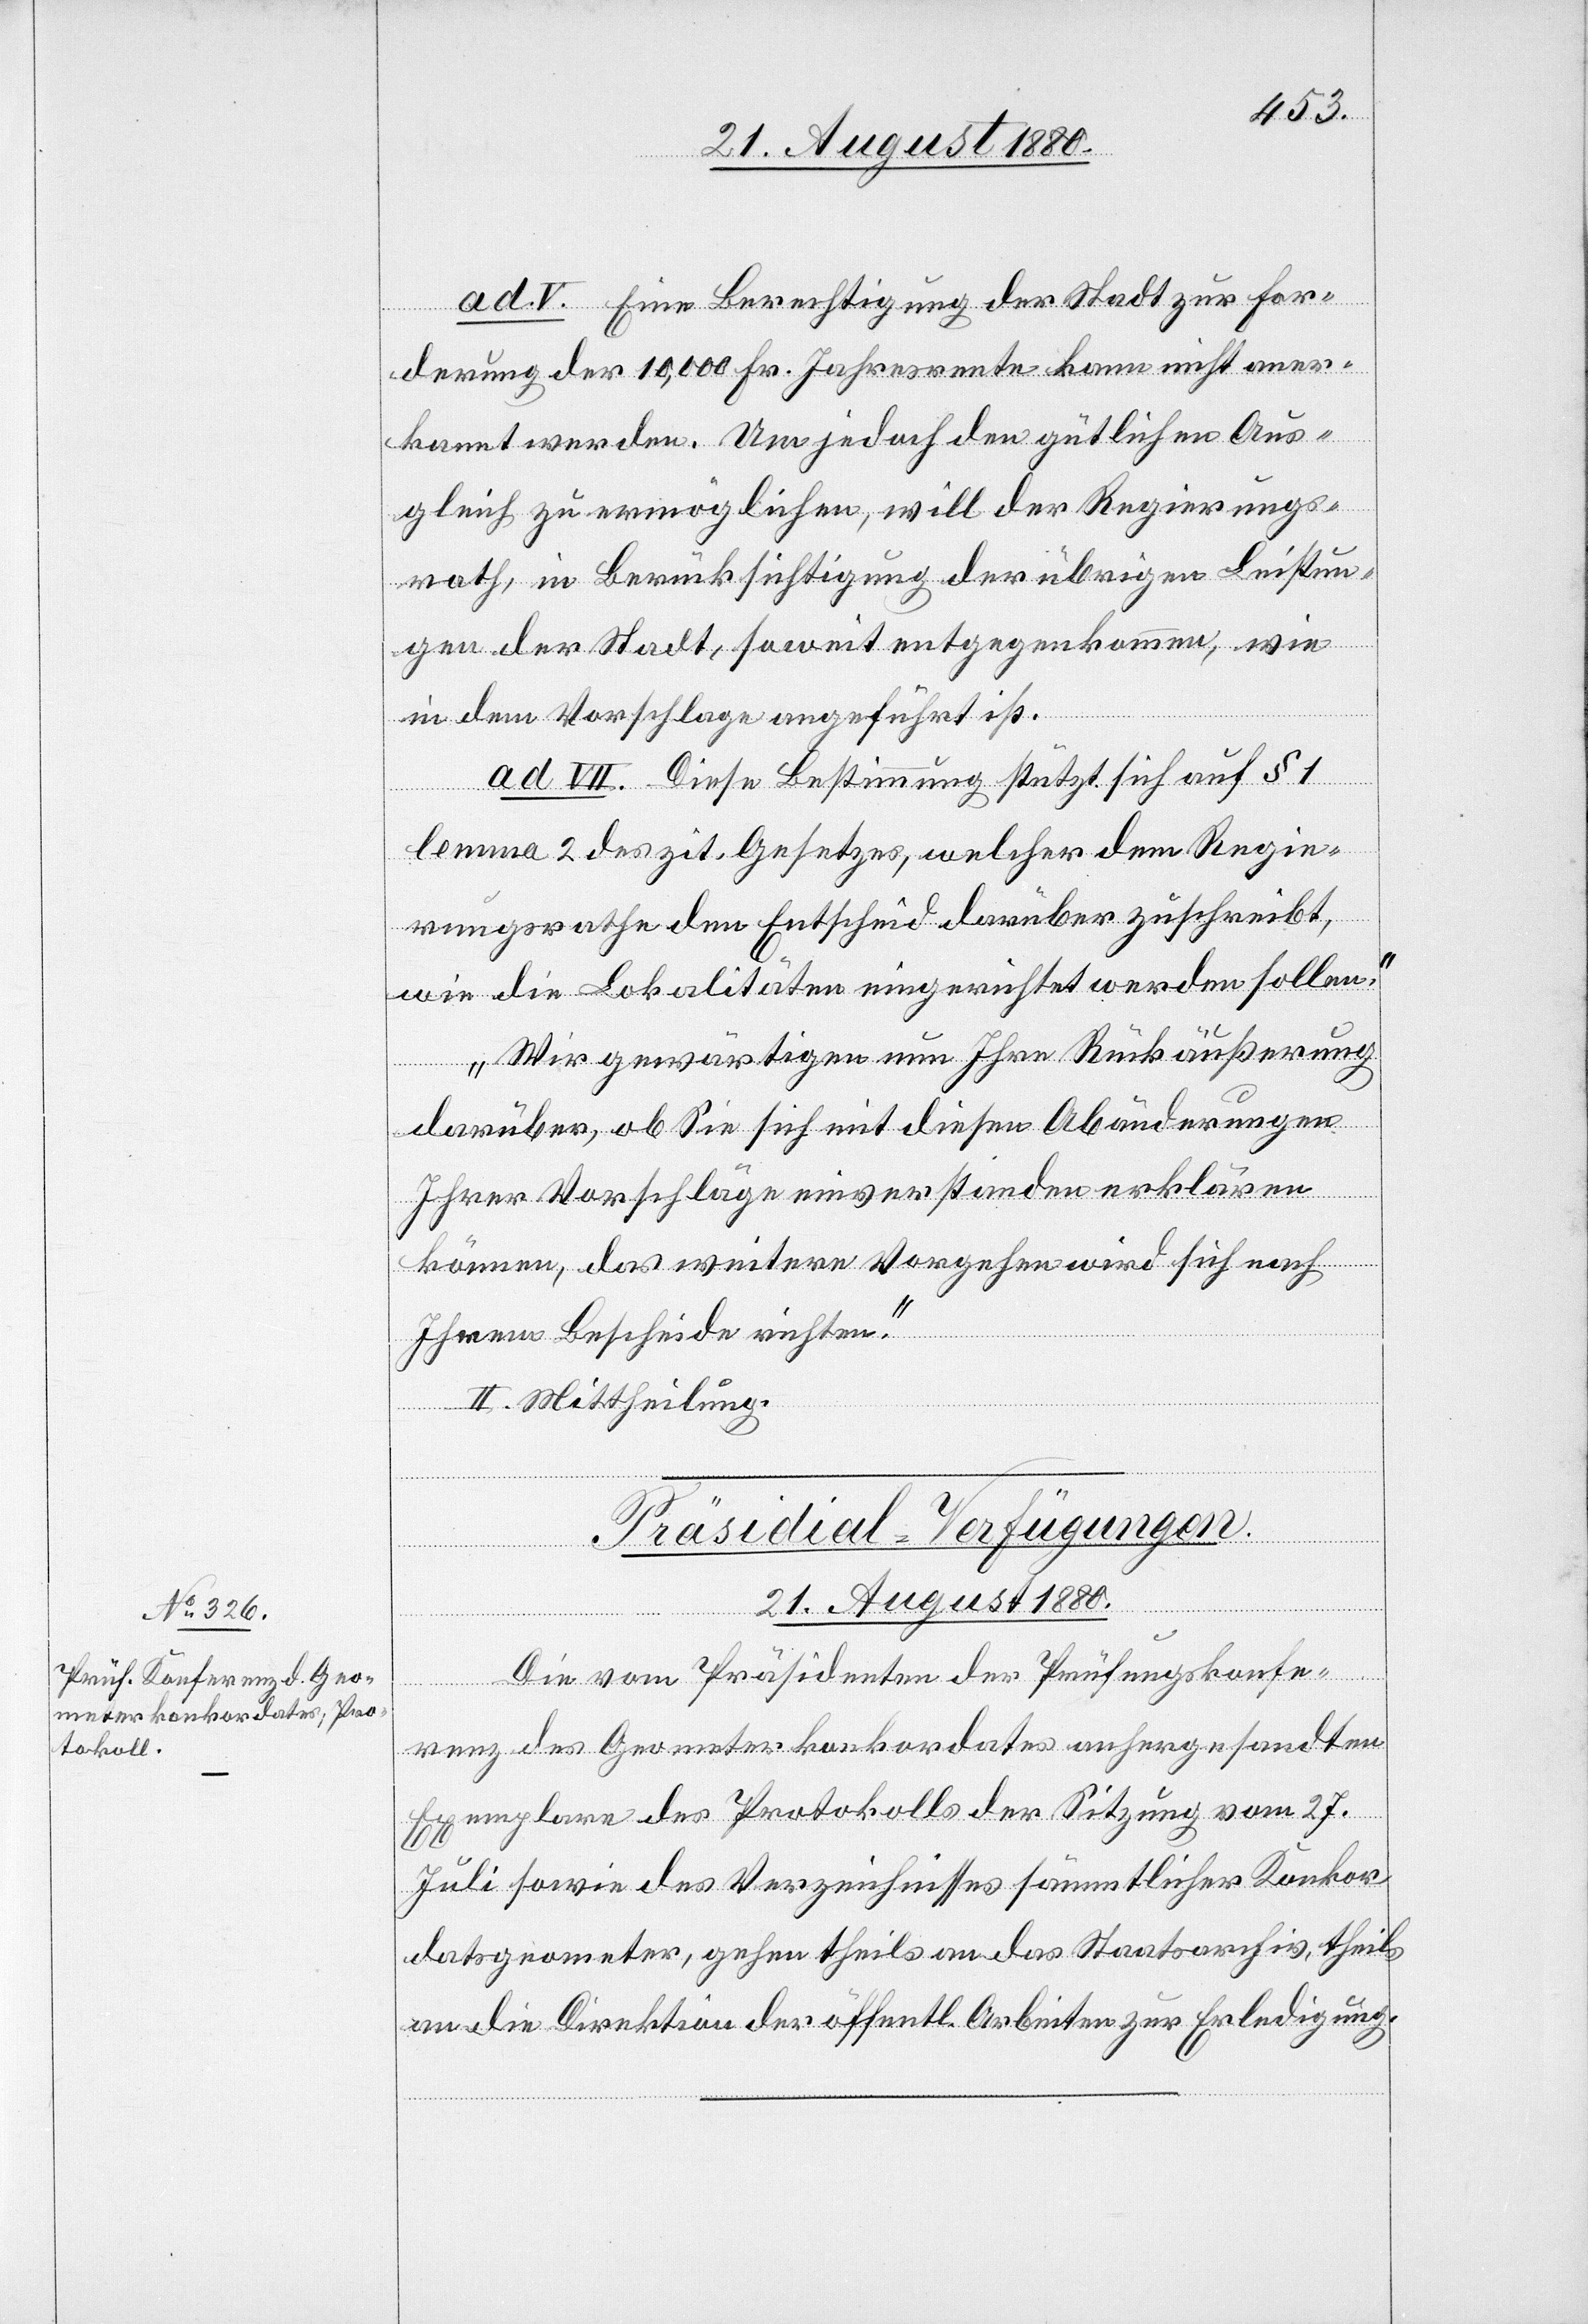
ad V. Eine Berechtigung der Stadt zur For¬
derung der 10,000 Fr. Jahresrente kann nicht aner¬
kannt werden. Um jedoch den gütlichen Aus¬
gleich zu ermöglichen, will der Regierungs¬
rath, in Berücksichtigung der übrigen Leistun¬
gen der Stadt, soweit entgegenkommen, wie
in dem Vorschlage angeführt ist.
ad VII. Diese Bestimmung stützt sich auf § 1
lemma 2 des zit. Gesetzes, welcher dem Regie¬
rungsrathe den Entscheid darüber zuschreibt,
wie die Lokalitäten eingerichtet werden sollen.
Wir gewärtigen nun Ihre Rückäußerung
darüber, ob Sie sich mit diesen Abänderungen
Ihrer Vorschläge einverstanden erklären
können, das weitere Vorgehen wird sich nach
Ihren Bescheiden richten.“
II. Mittheilung.
Präsidial-Verfügungen.
21. August 1880.
Die vom Präsidenten der Prüfungskonfe¬
renz des Geometerkonkordates anhergesandten
Exemplare des Protokolls der Sitzung vom 27.
Juli sowie des Verzeichnisses sämmtlicher Konkor¬
datsgeometer, gehen theils an das Staatsarchiv, theils
an die Direktion der öffentlichen Arbeiten zur Erledigung.